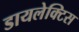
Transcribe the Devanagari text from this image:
डायलेक्टिस